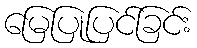
မြေပြုပြင်ခြင်း